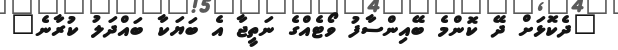
"ދެކޮޅަށް ދޭ ކޮންމެ ބޭއިންސާފު ވޯޓެއްގެ ނަތީޖާ އެ ބަޔަކާ ބައްދަލު ކުރާނެ"